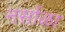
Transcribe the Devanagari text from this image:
नर्साळा